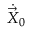
{ \dot { \vec { X } } } _ { 0 }